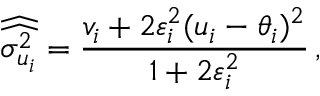
\widehat { \widehat { \sigma _ { u _ { i } } ^ { 2 } } } = \frac { v _ { i } + 2 \varepsilon _ { i } ^ { 2 } ( u _ { i } - \theta _ { i } ) ^ { 2 } } { 1 + 2 \varepsilon _ { i } ^ { 2 } } \, ,